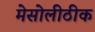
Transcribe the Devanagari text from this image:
मेसोलीठीक